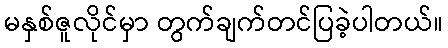
မနှစ်ဇူလိုင်မှာ တွက်ချက်တင်ပြခဲ့ပါတယ်။